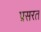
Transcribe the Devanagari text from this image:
प्रसरत